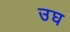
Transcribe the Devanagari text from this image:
उघ